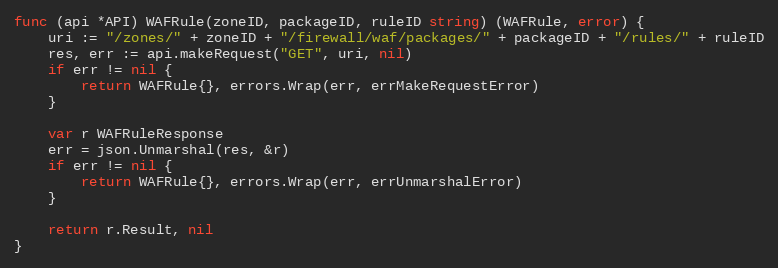
Language: Go
func (api *API) WAFRule(zoneID, packageID, ruleID string) (WAFRule, error) {
	uri := "/zones/" + zoneID + "/firewall/waf/packages/" + packageID + "/rules/" + ruleID
	res, err := api.makeRequest("GET", uri, nil)
	if err != nil {
		return WAFRule{}, errors.Wrap(err, errMakeRequestError)
	}

	var r WAFRuleResponse
	err = json.Unmarshal(res, &r)
	if err != nil {
		return WAFRule{}, errors.Wrap(err, errUnmarshalError)
	}

	return r.Result, nil
}